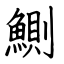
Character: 鰂